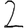
Digit: 2